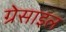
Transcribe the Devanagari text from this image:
ग्रेसाइल